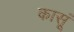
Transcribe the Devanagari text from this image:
कासूं